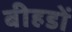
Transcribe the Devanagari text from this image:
बीहडों